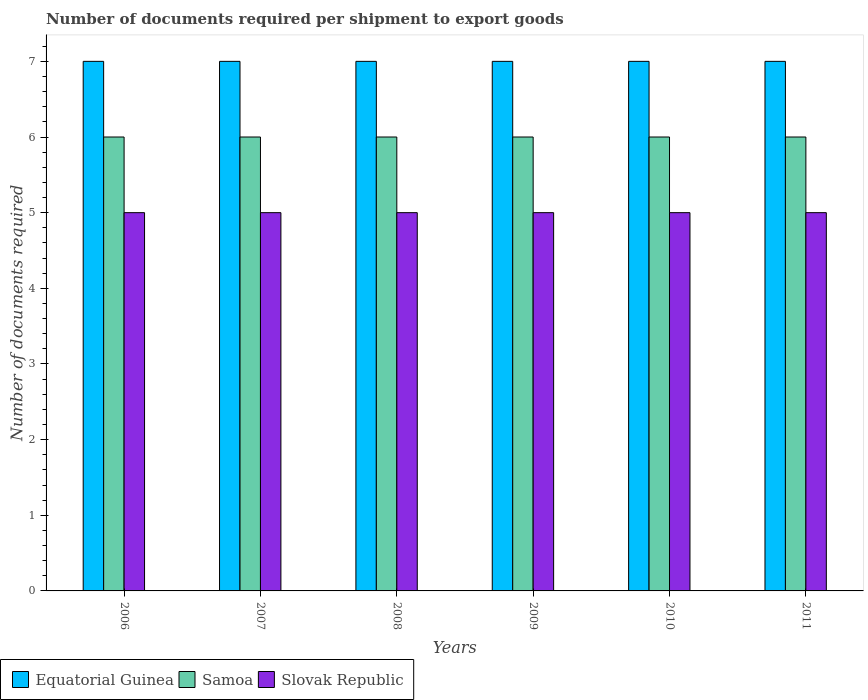
| Years | Equatorial Guinea | Samoa | Slovak Republic |
 | --- | --- | --- | --- |
 | 2006 | 7 | 6 | 5 |
 | 2007 | 7 | 6 | 5 |
 | 2008 | 7 | 6 | 5 |
 | 2009 | 7 | 6 | 5 |
 | 2010 | 7 | 6 | 5 |
 | 2011 | 7 | 6 | 5 |